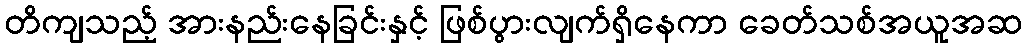
တိကျသည့် အားနည်းနေခြင်းနှင့် ဖြစ်ပွားလျက်ရှိနေကာ ခေတ်သစ်အယူအဆ